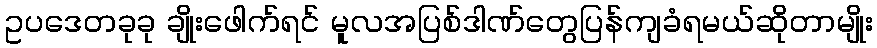
ဥပဒေတခုခု ချိုးဖေါက်ရင် မူလအပြစ်ဒါဏ်တွေပြန်ကျခံရမယ်ဆိုတာမျိုး